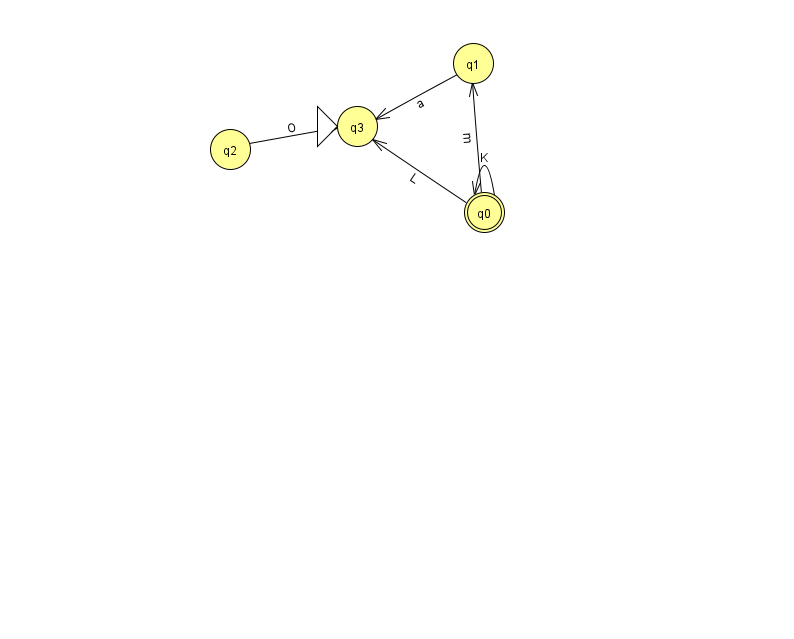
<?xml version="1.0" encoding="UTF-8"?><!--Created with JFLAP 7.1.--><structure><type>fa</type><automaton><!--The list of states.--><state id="0" name="q0"><x>484.0</x><y>199.0</y><final/></state><state id="1" name="q1"><x>473.0</x><y>50.0</y></state><state id="2" name="q2"><x>230.0</x><y>136.0</y></state><state id="3" name="q3"><x>357.0</x><y>113.0</y><initial/></state><!--The list of transitions.--><transition><from>0</from><to>1</to><read>m</read></transition><transition><from>0</from><to>3</to><read>L</read></transition><transition><from>1</from><to>3</to><read>a</read></transition><transition><from>2</from><to>3</to><read>O</read></transition><transition><from>0</from><to>0</to><read>K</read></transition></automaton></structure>